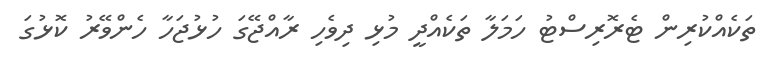
ތަކެއްކުރިން ޓެރޮރިސްޓު ހަމަލާ ތަކެއްދީ މުޅި ދިވެހި ރާއްޖޭގަ ހުޅުޖަހާ ހެންވޭރު ކޮޅުގަ